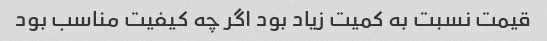
قیمت نسبت به کمیت زیاد بود اگر چه کیفیت مناسب بود